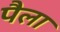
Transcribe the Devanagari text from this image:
पैला